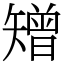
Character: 矰